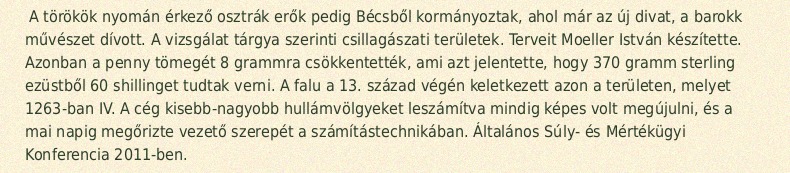
A törökök nyomán érkező osztrák erők pedig Bécsből kormányoztak, ahol már az új divat, a barokk művészet dívott. A vizsgálat tárgya szerinti csillagászati területek. Terveit Moeller István készítette. Azonban a penny tömegét 8 grammra csökkentették, ami azt jelentette, hogy 370 gramm sterling ezüstből 60 shillinget tudtak verni. A falu a 13. század végén keletkezett azon a területen, melyet 1263-ban IV. A cég kisebb-nagyobb hullámvölgyeket leszámítva mindig képes volt megújulni, és a mai napig megőrizte vezető szerepét a számítástechnikában. Általános Súly- és Mértékügyi Konferencia 2011-ben.